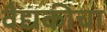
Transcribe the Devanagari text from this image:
वैद्यकीचा